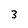
Character: 3